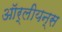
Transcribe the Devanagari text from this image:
ऑर्लीयन्स